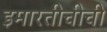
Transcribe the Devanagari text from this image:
इमारतीचीची